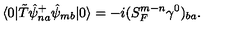
\langle 0 | \tilde { T } \hat { \psi } _ { n a } ^ { + } \hat { \psi } _ { m b } | 0 \rangle = - i ( S _ { F } ^ { m - n } \gamma ^ { 0 } ) _ { b a } .